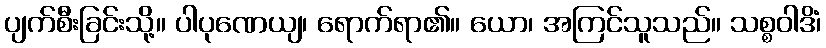
ပျက်စီးခြင်းသို့။ ပါပုဏေယျ၊ ရောက်ရာ၏။ ယော၊ အကြင်သူသည်။ သစ္စဝါဒိံ၊